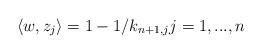
LaTeX: \begin{align*}\left\langle w,z_{j}\right\rangle =1-1/k_{n+1,j}j=1,...,n\end{align*}